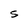
Character: S